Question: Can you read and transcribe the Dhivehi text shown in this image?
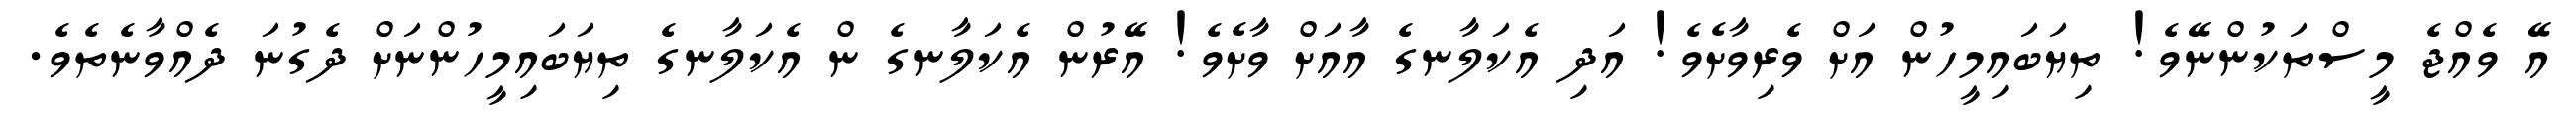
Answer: އޭ ވެއްޖެ މީސްތަކުންނޭވެ! ތިޔަބައިމީހުން އަށް ވެރިވާށެވެ! އަދި އެކަލާނގެ އާއަށް ވާށެވެ! އޭރުން އެކަލާނގެ ން އެކަލާނގެ ތިޔަބައިމީހުންނަށް ދެގުނަ ދެއްވާނެތެވެ.